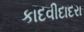
કાદવીદાદરા